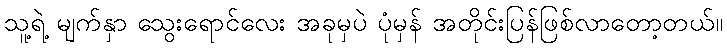
သူ့ရဲ့ မျက်နှာ သွေးရောင်လေး အခုမှပဲ ပုံမှန် အတိုင်းပြန်ဖြစ်လာတော့တယ်။